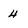
Character: 4